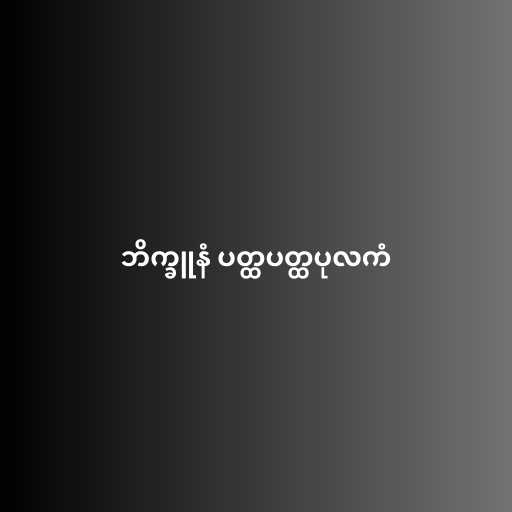
ဘိက္ခူနံ ပတ္ထပတ္ထပုလကံ